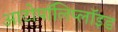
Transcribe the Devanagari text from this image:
आटोपॉलिप्लॉइड